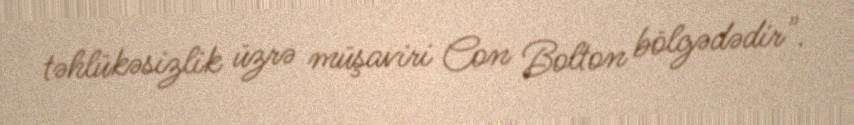
təhlükəsizlik üzrə müşaviri Con Bolton bölgədədir".